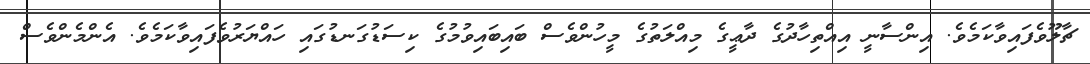
ޗާލޫވެފައިވާކަމެވެ. އިންސާނީ އިއްތިހާދުގެ ދާޢީގެ މިއްލަތުގެ މީހުންވެސް ބައިބައިވުމުގެ ކިސަޑުގަނޑުގައި ހައްޔަރުވެފައިވާކަމެވެ. އެންމެންވެސް